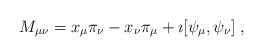
\begin{align*}M_{\mu\nu}=x_\mu\pi_\nu -x_\nu\pi_\mu +\imath [\psi_\mu ,\psi_\nu ]\;,\end{align*}